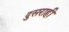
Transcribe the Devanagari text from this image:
दुसराही